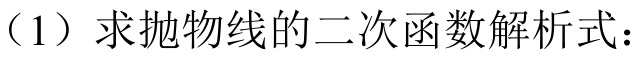
（1）求抛物线的二次函数解析式：